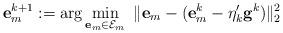
LaTeX: \begin{align*} \mathbf{e}_m^{k+1}:=\arg\min_{\mathbf{e}_m\in\mathcal{E}_m}~\|\mathbf{e}_m-(\mathbf{e}_m^k-\eta_k'\mathbf{g}^k) \|_2^2 \end{align*}